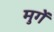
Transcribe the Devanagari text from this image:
मुगें